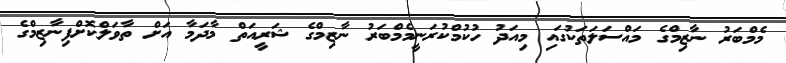
މެމްބަރު ނާޒިމްގެ މައްސަލަތަކުގައި މިއަދު ހުކުމްކުރަނީމެމްބަރު ނާޒިމްގެ ޝަރީއަތް މާދަމާ އަށް ތާވަލްކޮށްފިނާޒިމްގެ